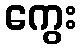
ကွေး